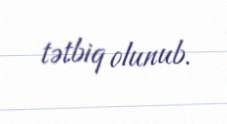
tətbiq olunub.